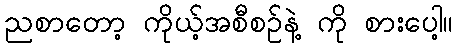
ညစာတော့ ကိုယ့်အစီစဉ်နဲ့ ကို စားပေါ့။